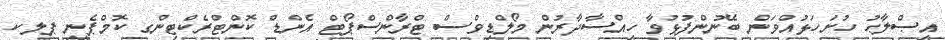
އިޞްލާޙު ހުށަހަޅުއްވަން ބޭނުންފުޅުވާ ހިއްސާދާރުން މޯލްޑިވްސް ޓްރާންސްޕޯޓް އެންޑް ކޮންޓްރެކްޓިންގ ކޮމްޕެނީ ޕލކ